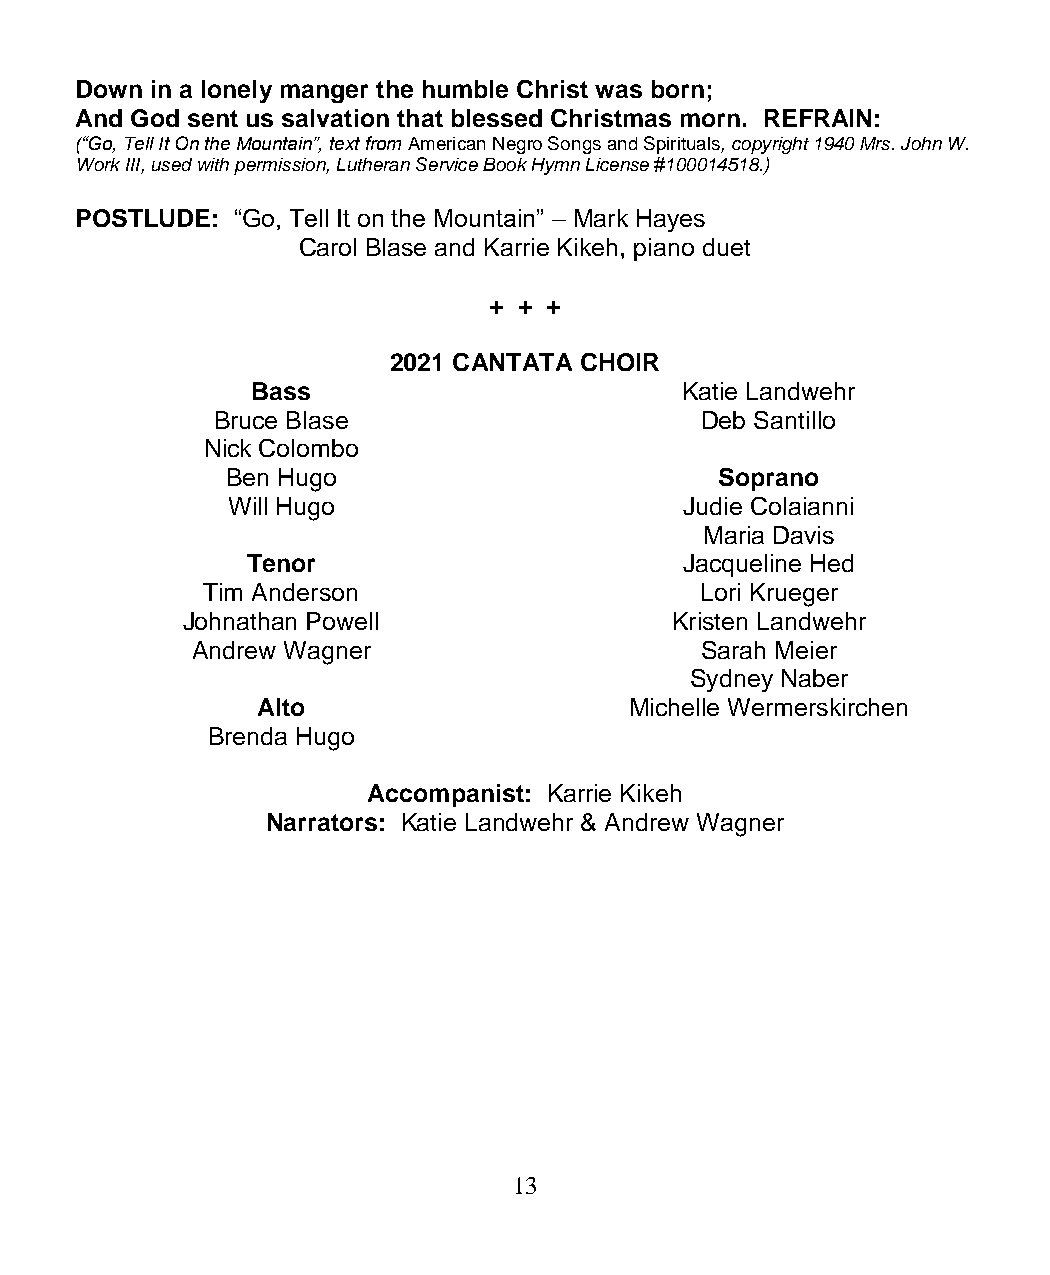
Down in a lonely manger the humble Christ was born;
 And God sent us salvation that blessed Christmas morn. REFRAIN:
 (“Go, Tell It On the Mountain”, text from American Negro Songs and Spirituals, copyright 1940 Mrs. John W.
 Work III, used with permission, Lutheran Service Book Hymn License #100014518.)
 POSTLUDE: “Go, Tell It on the Mountain” – Mark Hayes
 Carol Blase and Karrie Kikeh, piano duet
 + + +
 2021 CANTATA CHOIR
 Bass                        Katie Landwehr
 Bruce Blase                     Deb Santillo
 Nick Colombo
 Ben Hugo                         Soprano
 Will Hugo                     Judie Colaianni
 Maria Davis
 Tenor                        Jacqueline Hed
 Tim Anderson                     Lori Krueger
 Johnathan Powell                Kristen Landwehr
 Andrew Wagner                    Sarah Meier
 Sydney Naber
 Alto                     Michelle Wermerskirchen
 Brenda Hugo
 Accompanist: Karrie Kikeh
 Narrators: Katie Landwehr & Andrew Wagner
 13